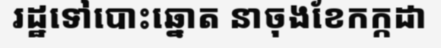
រដ្ឋទៅបោះឆ្នោត នាចុងខែកក្កដា